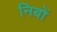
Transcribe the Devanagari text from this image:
निबों